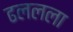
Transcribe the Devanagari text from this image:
ढललला